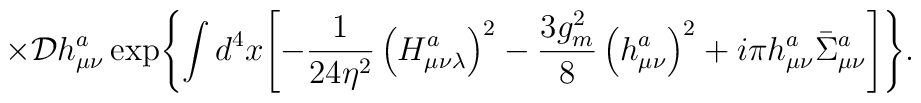
\times {\cal D}h_{\mu\nu}^a\exp\Biggl\{\int d^4x\Biggl[-\frac{1}{24\eta^2}\left(H_{\mu\nu\lambda}^a\right)^2-\frac{3g_m^2}{8}\left(h_{\mu\nu}^a\right)^2+i\pi h_{\mu\nu}^a\bar\Sigma_{\mu\nu}^a\Biggr]\Biggr\}.